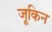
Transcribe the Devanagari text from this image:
जूकिन